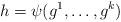
LaTeX: \begin{align*}h & =\psi(g^{1},\ldots,g^{k})\end{align*}